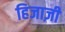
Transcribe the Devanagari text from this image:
हिजाज़ी